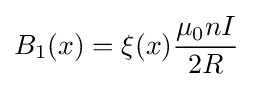
B_{1}(x)=\xi (x){\frac {\mu _{0}nI}{2R}}